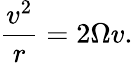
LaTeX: \frac{v^{2}}{r}=2\Omega v.